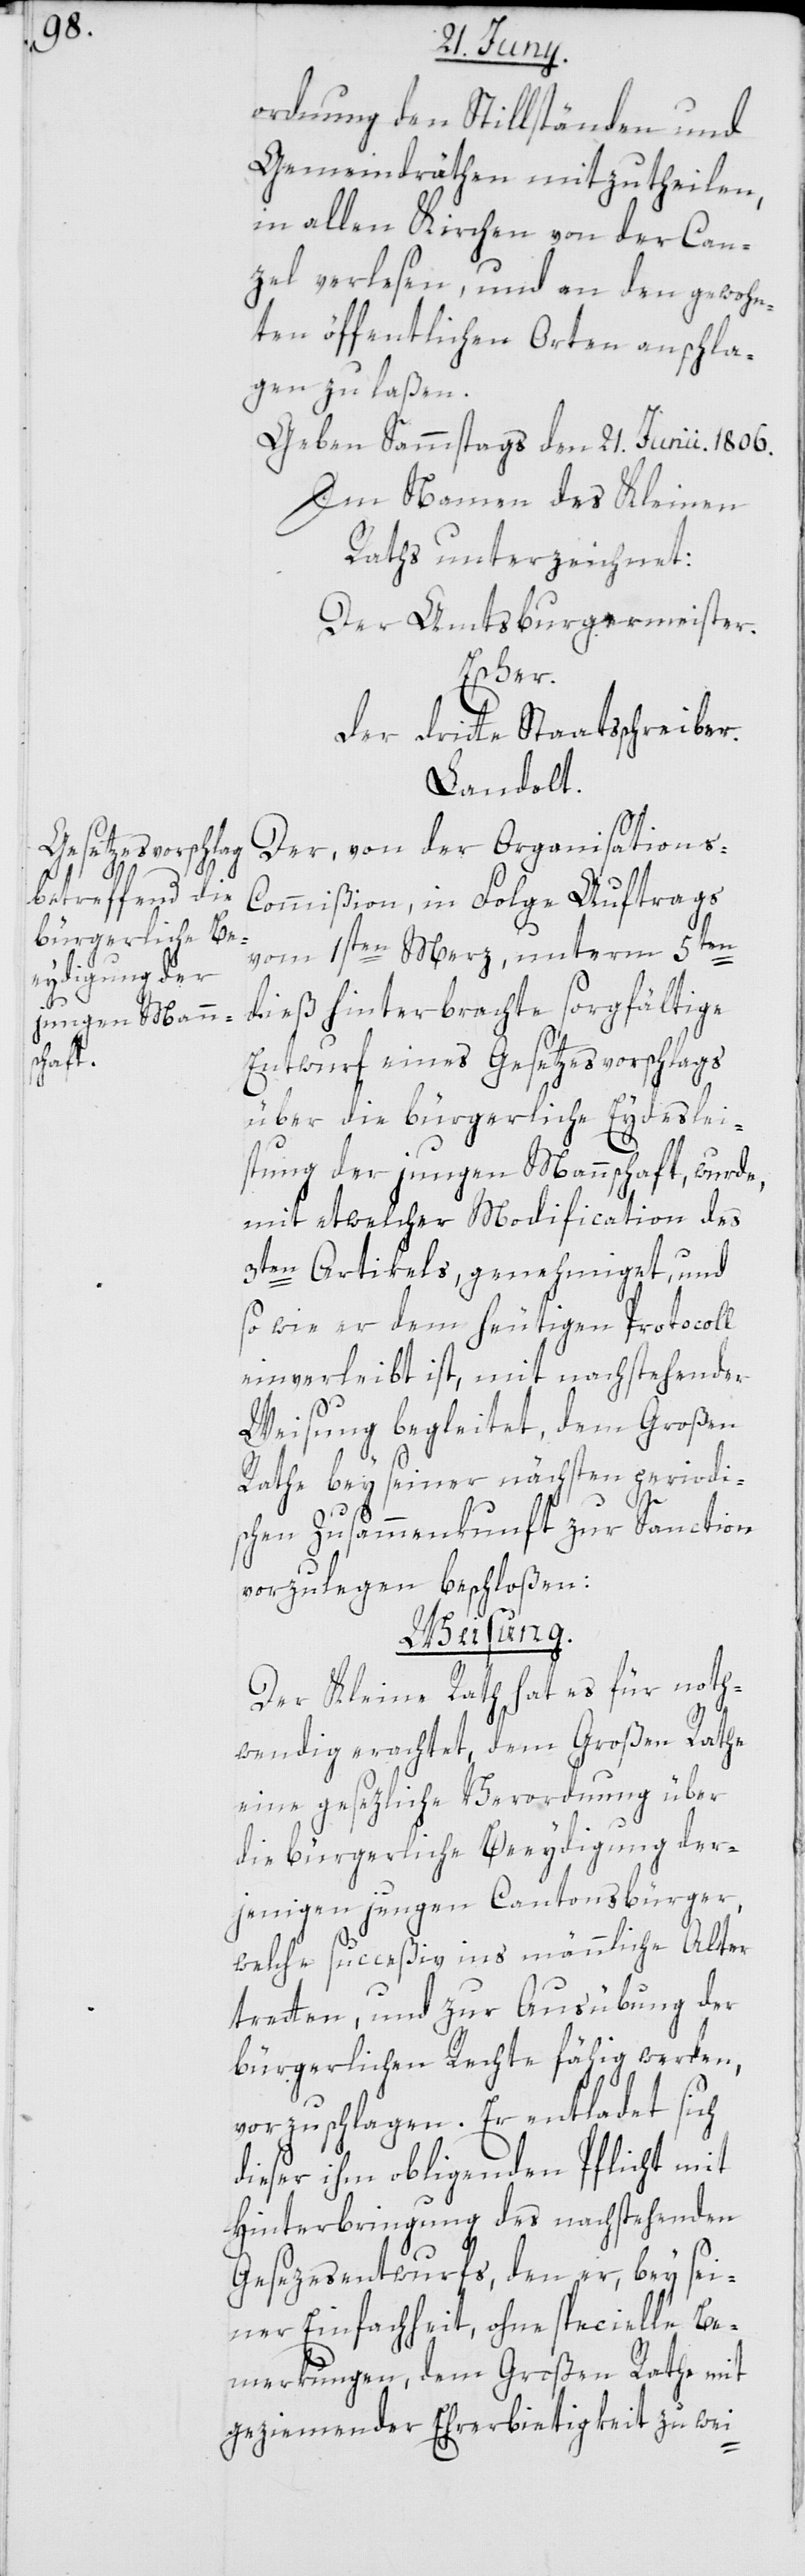
1806.

ordnung den Stillständen und
Gemeindräthen mitzutheilen,
in allen Kirchen von der Can¬
zel verlesen, und an den gewohn¬
ten öffentlichen Orten anschla¬
gen zu laßen.
Geben Sammstags den 21.sten Ju¬
Im Namen des Kleinen
Raths unterzeichnet:
Der Amtsburgermeister.
Escher.
Der dritte Staatsschreiber.
Landolt.
Der, von der Organisations-C¬
ommißion, in Folge Auftrags
nii.
vom 1sten Merz, unterm 5ten
dieß hinterbrachte sorgfältige
Entwurf eines Gesetzesvorschlags
über die bürgerliche Eydeslei¬
stung der jungen Mannschaft, wurde,
mit etwelcher Modification des
3ten Artikels genehmiget, und
so wie er dem heutigen Protocoll
einverleibt ist, mit nachstehender
Weisung begleitet, dem Großen
Rathe bey seiner nächsten periodi¬
schen Zusammenkunft zur Sanction
vorzulegen beschloßen:
Weisung.
Der Kleine Rath hat es für noth¬
wendig erachtet, dem Großen Rathe
eine gesezliche Verordnung über
die bürgerliche Beeydigung der¬
jenigen jungen Cantonsbürger,
welche succeßiv ins männliche Alter
tretten, und zu Ausübung der
bürgerlichen Rechte fähig werden,
vorzuschlagen. Er entladet sich
dieser ihm obliegenden Pflicht mit
Hinterbringung des nachstehenden
Gesezesentwurfs, den er, bey sei¬
ner Einfachheit, ohne specielle Be¬
merkungen, dem Großen Rathe mit
geziemender Ehrerbietigkeit zu wie-